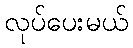
လုပ်ပေးမယ်